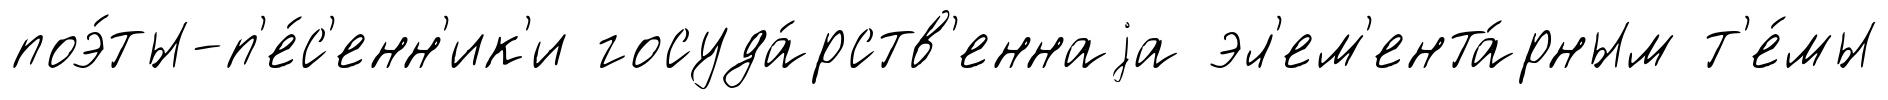
поэ́ты-п'е́с'енн'ик'и госуда́рств'еннаjа эл'ем'ента́рным т'е́мы